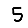
Digit: 5